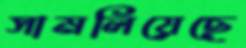
সামলিয়েছে